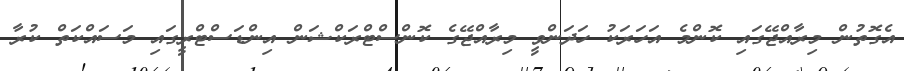
އެގޮތުން މިރާއްޖޭގައި ކޮންމެ އަހަރަކު ހަދަންވީ މިރާއްޖޭގެ ކޮންސްޓްރަކްޝަން އިންޑަސްޓްރީގައި މަސައްކަތް ކުރާ